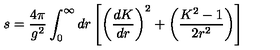
s = { \frac { 4 \pi } { g ^ { 2 } } } \int _ { 0 } ^ { \infty } d r \left[ \left( { \frac { d K } { d r } } \right) ^ { 2 } + \left( { \frac { K ^ { 2 } - 1 } { 2 r ^ { 2 } } } \right) \right]